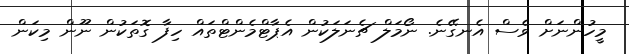
މީހުންނަށް ވެސް އެނގޭނެ. ނޯމަލް ޗެނަލަކުން އެޕާޓްމެންޓްތައް ހިފާ ގޮތަކުން ނޫން މިކަން